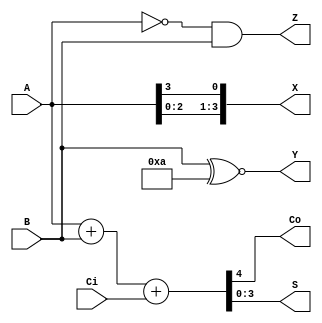
// Ch05 op.v
// Bl (yhz)

module op (A, B, Ci, Co, S, X, Y, Z);
input  [3:0] A, B;		// A, B |J
input  Ci;			// Ci @J
output Co;			// Co @X 
output [3:0] S, X, Y, Z;	// S, X, Y, Z |X 

assign {Co, S} = A + B + Ci; 	// [k
assign X = {A[2:0], A[3]}; 	// A ` 1 
assign Y = B ~^ 4'b1010;	// B M|1010@
assign Z = (~A) & B;		// AB

endmodule